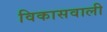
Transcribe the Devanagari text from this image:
विकासवाली